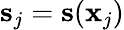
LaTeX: {\mathbf s}_{j}={\mathbf s}({\mathbf x}_{j})